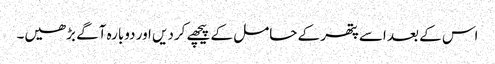
اس کے بعد اسے پتھر کے حامل کے پیچھے کردیں اور دوبارہ آگے بڑھیں۔